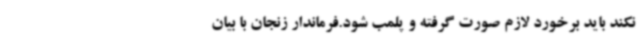
نکند باید برخورد لازم صورت گرفته و پلمب شود.فرماندار زنجان با بیان